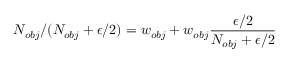
N _ { o b j } / ( N _ { o b j } + \epsilon / 2 ) = w _ { o b j } + w _ { o b j } \frac { \epsilon / 2 } { N _ { o b j } + \epsilon / 2 }